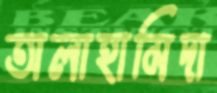
অলাহামিদা